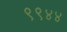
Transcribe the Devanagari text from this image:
९९४४